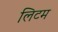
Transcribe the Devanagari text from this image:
लिटम